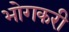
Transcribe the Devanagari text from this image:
भोगकरी